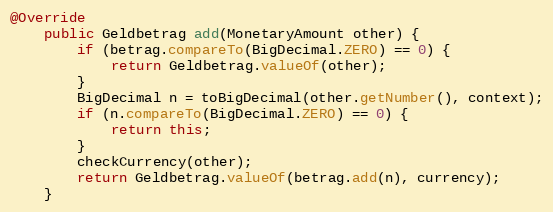
Language: Java
@Override
    public Geldbetrag add(MonetaryAmount other) {
        if (betrag.compareTo(BigDecimal.ZERO) == 0) {
            return Geldbetrag.valueOf(other);
        }
        BigDecimal n = toBigDecimal(other.getNumber(), context);
        if (n.compareTo(BigDecimal.ZERO) == 0) {
            return this;
        }
        checkCurrency(other);
        return Geldbetrag.valueOf(betrag.add(n), currency);
    }